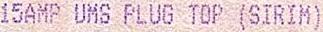
15AMP UMS PLUG TOP (SIRIM)